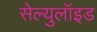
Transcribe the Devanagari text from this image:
सेल्युलॉइड